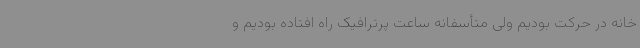
خانه در حرکت بودیم ولی متأسفانه ساعت پرترافیک راه افتاده بودیم و